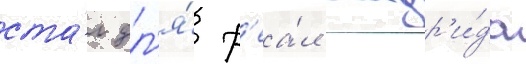
ста́л дл'я́ р'еа́л мадр'и́да